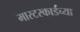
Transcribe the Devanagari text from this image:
मास्टरकार्डच्या